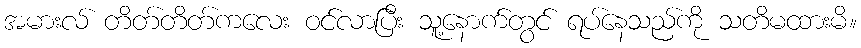
အမားလ် တိတ်တိတ်ကလေး ဝင်လာပြီး သူ့နောက်တွင် ရပ်နေသည်ကို သတိမထားမိ။